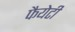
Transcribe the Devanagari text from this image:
फैयेटी